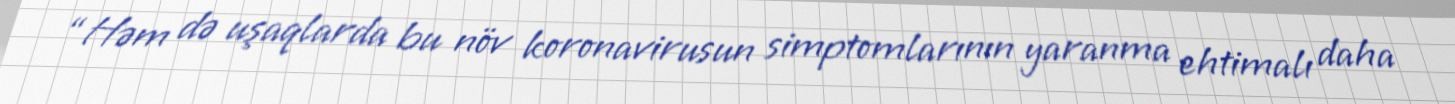
“Həm də uşaqlarda bu növ koronavirusun simptomlarının yaranma ehtimalı daha